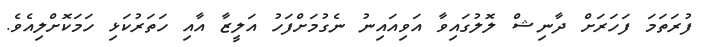
ފުރަތަމަ ފަހަރަށް ދާނިޝް ލޮލުގައިވާ އަވިއައިނު ނެގުމަށްފަހު އަލީޒާ އާއި ހަތަރުކަޅި ހަމަކޮށްލިއެވެ.